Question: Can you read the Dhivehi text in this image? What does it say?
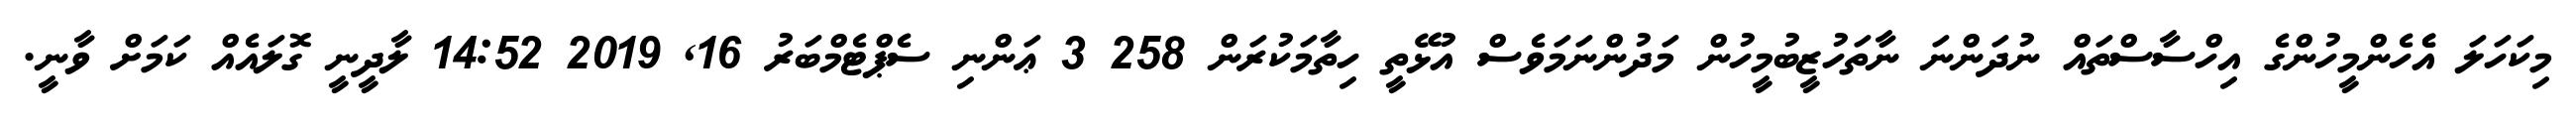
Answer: މިކަހަލަ އެެހެންމީހުންގެ އިހްސާސްތައް ނުދަންނަ ނާތަހުޒީބުމީހުން މަދުންނަމަވެސް އުޅޭތީ ހިތާމަކުރަން 258 3 ޢަންނި ސެޕްޓެމްބަރު 16, 2019 14:52 ލާދީނީ ގޮލައެއް ކަމަށް ވާނީ.